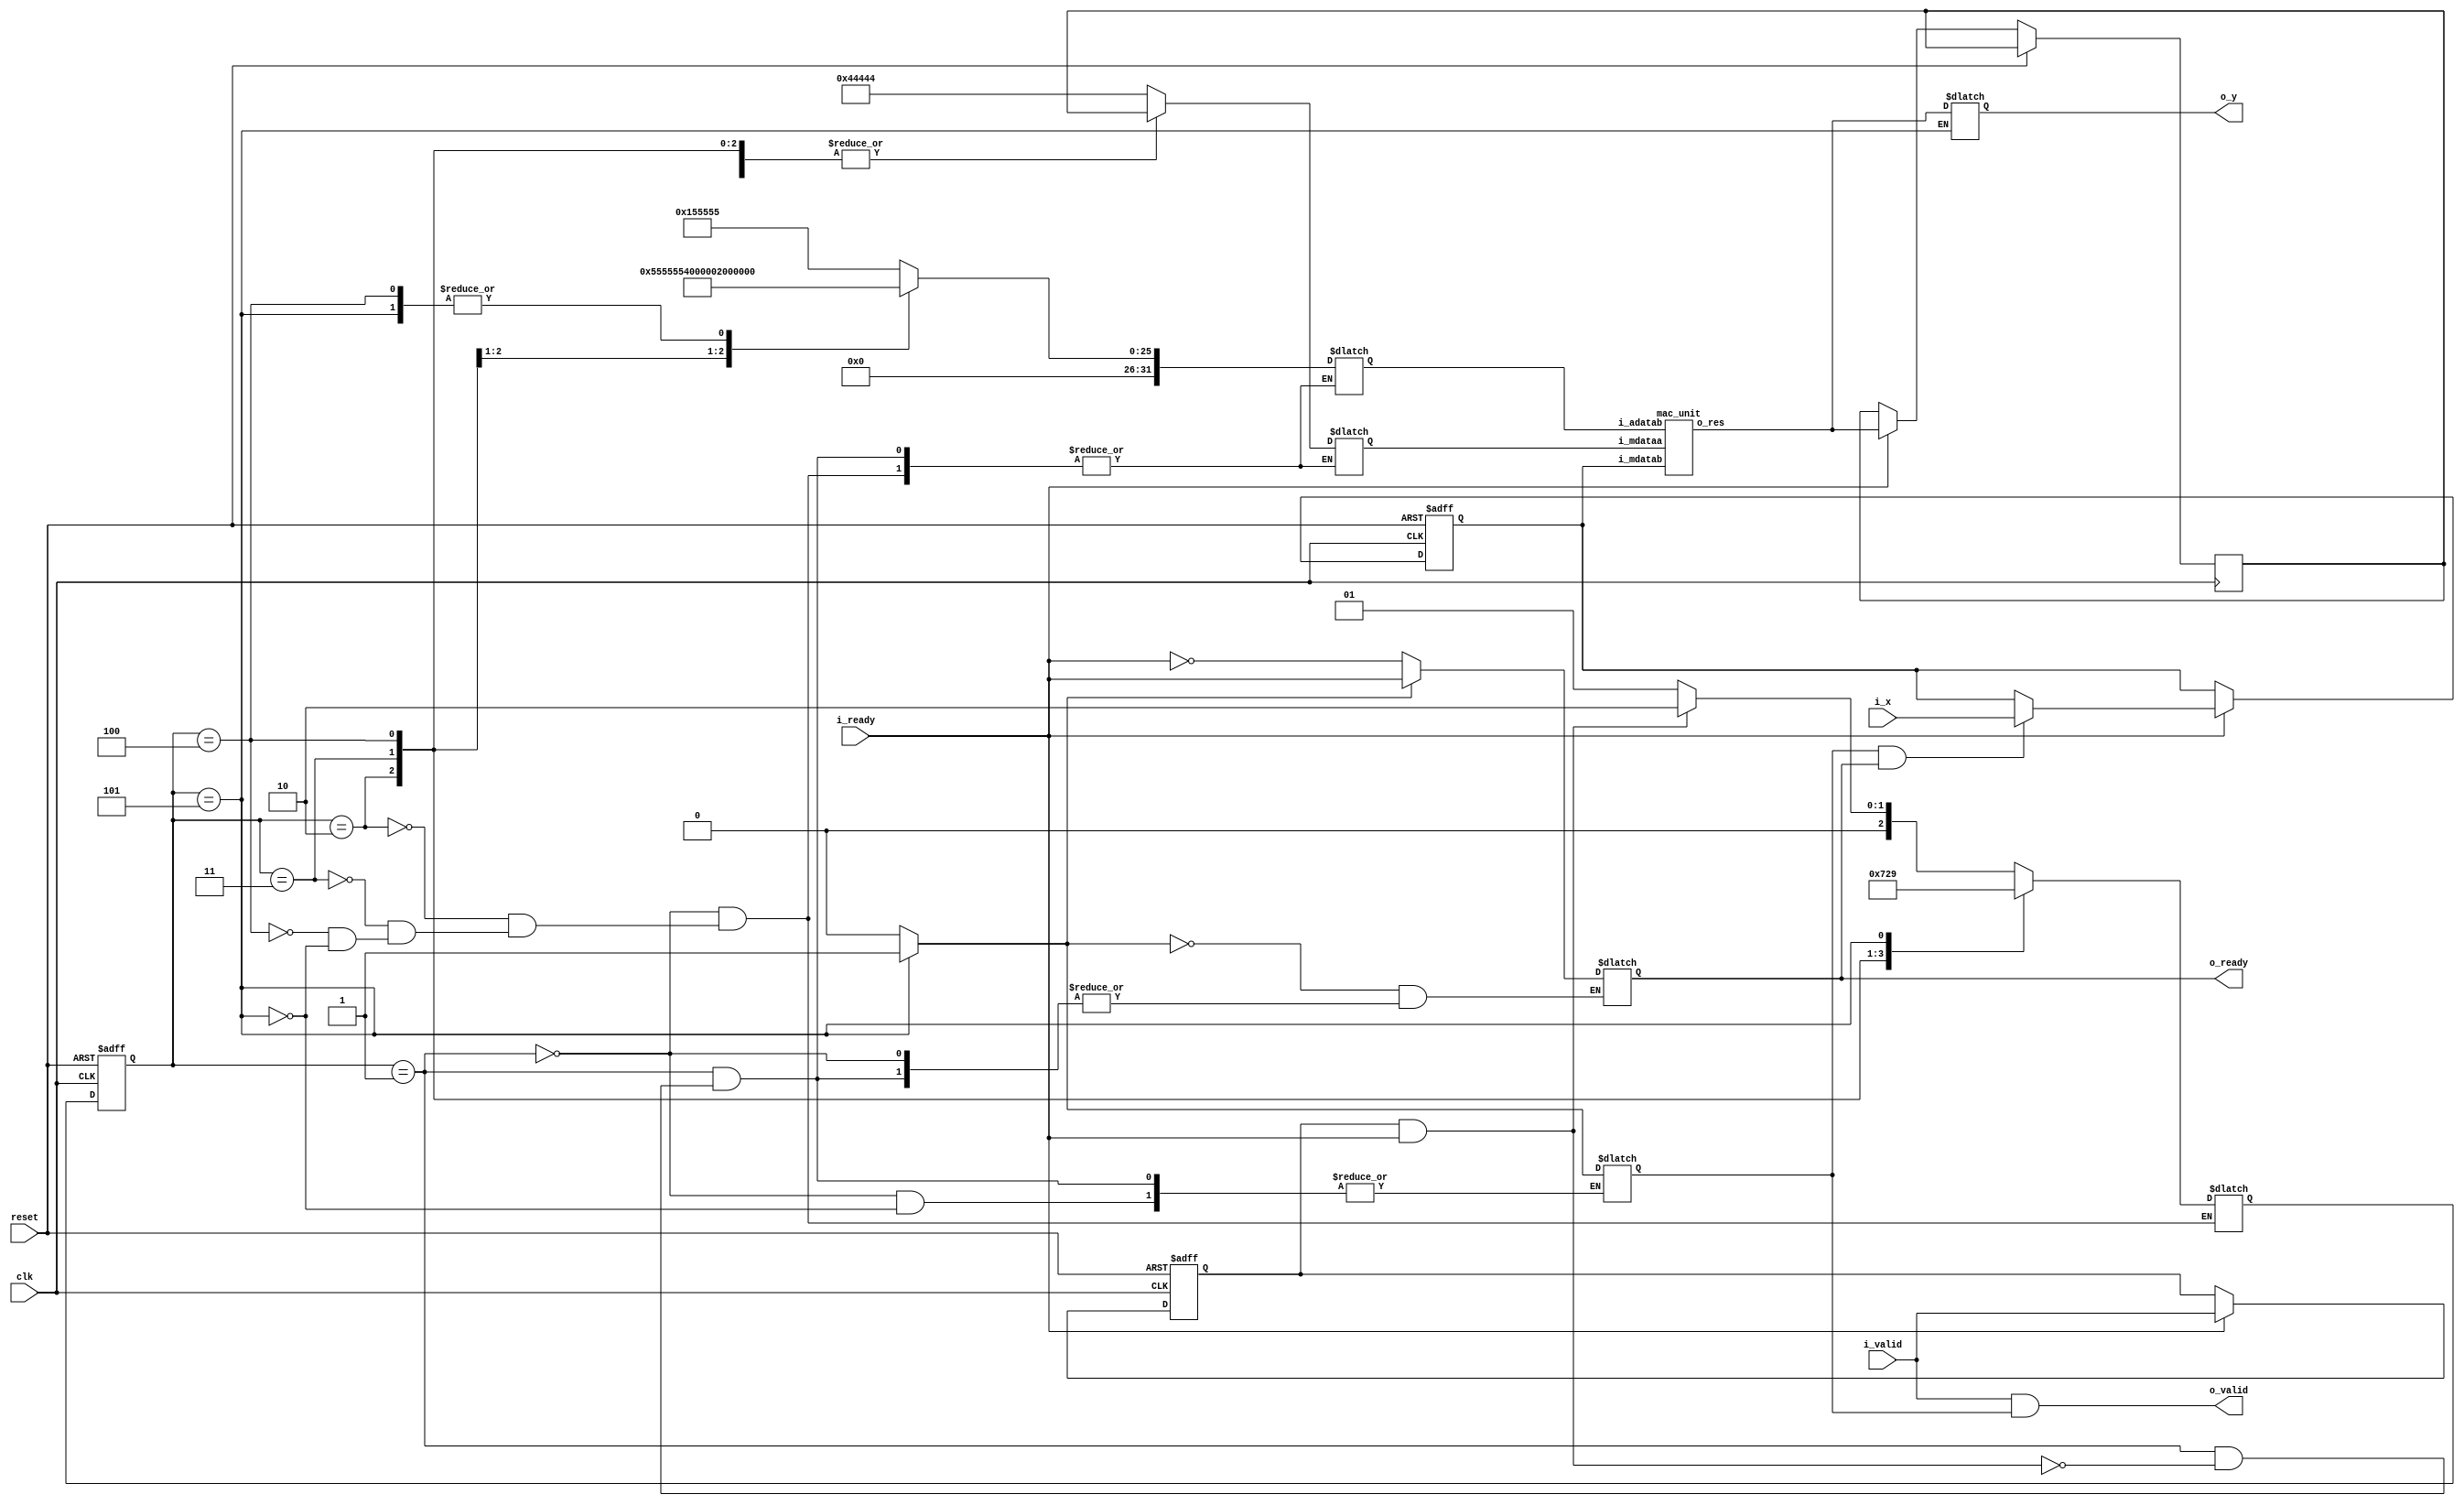
module lab1 #(
    parameter WIDTHIN = 16,
    parameter WIDTHOUT = 32,
    parameter [WIDTHOUT-1:0] A0 = 32'b0000001_0000000000000000000000000,
    parameter [WIDTHOUT-1:0] A1 = 32'b0000001_0000000000000000000000000,
    parameter [WIDTHOUT-1:0] A2 = 32'b0000000_1000000000000000000000000,
    parameter [WIDTHOUT-1:0] A3 = 32'b0000000_0010101010101010101010101,
    parameter [WIDTHOUT-1:0] A4 = 32'b0000000_0000101010101010101010101,
    parameter [WIDTHOUT-1:0] A5 = 32'b0000000_0000001000100010001000100
) (
    input clk,
    input reset,    
    input i_valid,
    input i_ready,
    output o_valid,
    output o_ready,
   
    input [WIDTHIN-1:0] i_x,
    output reg [WIDTHOUT-1:0] o_y
);

/************************************************************CONTENTS****************************************************************

SECTIONS                                                                                                    LINE NUMBERS

I.      CODE DESCRIPTION                                                                                    .....       45                                                       

II.     SIGNAL DECLARATION                                                                                  .....       58 

III.    MAC UNIT INSTANTIATION                                                                              .....       84

IV.     STATE MACHINE IMPLEMENTATION                                                                        .....       94

V.      INPUT HANDLING AND SYNCHRONIZATION                                                                  .....      176

VI.     MAC MODULE DEFINITION                                                                               .....      228

VII.    FIXED POINT MULTIPLICATION AND ADDITION IMPLEMENTATION                                              .....      281

VIII.   SUMMARY                                                                                             .....      321
                            

**************************************************************************************************************************************/

/***********************************************************CODE DESCRIPTION**********************************************************

This verilog module is designed to employ shared implementation where we are using single multiplier and single adder module for 
computing first 5 terms of Taylor series effectively. 
We are defining a mac_unit which uses a 32x16 multiplier module and a 32p32 adder module.
The module uses state machine logic to determine which term it needs to compute. It computes Taylor series in a serial manner 
starting from A5 * x + A4 till A0. The states of State machine can be increased to compute more terms in the Taylor series expansion.

We are controlling the registering of input and output by our DUT based on the handshaking signals and according to the testbench 
testcases (i.e.)how testbench is handling these control signals.

**************************************************************************************************************************************/

/************************************************************SIGNAL DECLERATION*******************************************************/

reg [WIDTHIN-1:0] x;	
reg valid_Q1;

reg o_ready_reg, o_valid_reg;
reg enable;
reg finish_flag;
reg [WIDTHOUT-1:0] operator_a;
reg [WIDTHOUT-1:0] operator_b;
wire [WIDTHOUT-1:0] mac_result;
reg [WIDTHOUT-1:0] accumulator;



parameter   MAC_STATE_1=3'b001;
parameter   MAC_STATE_2= 3'b010;
parameter	MAC_STATE_3= 3'b011;
parameter	MAC_STATE_4= 3'b100; 
parameter	MAC_STATE_5=3'b101;
  
reg[2:0] state, next_state;

wire [WIDTHOUT-1:0] a0_out, a1_out, a2_out, a3_out, a4_out;
/*************************************************************************************************************************************/

/****************************************************MAC MODULE INSTATIATION**********************************************************/

mac_unit mac0 ( .i_mdataa(operator_a), 
                .i_mdatab(x),
                .i_adatab(operator_b),
                .o_res(mac_result));

/*************************************************************************************************************************************/


/****************************************************STATE MACHINE IMPLEMENTATION******************************************************/
/***************************************************************************************
* This section implements a Finite State machine for the module crucial for doing 
  operations needed for computation.
*
* On each clock cycle, the state machine transitions between predefined states
 (MAC_STATE_1 to MAC_STATE_5), dictated by the state and next_state logic. 
*
* Initially, in MAC_STATE_1, the module prepares for computation by setting up
  initial conditions and checking for valid input and readiness (valid_Q1 && enable).
  Subsequent states handle the core computation, using the accumulator to hold 
  intermediate results and cycling through Taylor series coefficients (A5 to A0).
*
* The state machine ensures that each step of the computation is executed in order,
 ultimately producing the final result in o_y when reaching MAC_STATE_5. 
*
* Additionally, the o_ready_reg signal is managed to indicate the module's readiness f
  or new inputs, enhancing the module's control flow and synchronization with external 
  components.
  *
***************************************************************************************/
// Next state Logic 
always @(posedge clk or posedge reset) begin
    if (reset) begin
        state <= MAC_STATE_1;
    end
    else begin
        state <= next_state;
        
    end
end

// State Machine Logic
always @* begin
    case(state)
            MAC_STATE_1: begin
            
            if(valid_Q1 && enable) begin
                o_ready_reg = !enable;
                finish_flag=0;
                operator_a=A5;
                operator_b=A4;
                next_state= MAC_STATE_2;
                end
                else begin
                next_state = MAC_STATE_1;
                end
                
            end
            MAC_STATE_2:begin
                operator_a= accumulator;
                operator_b=A3;
                next_state= MAC_STATE_3;
                
            end
        MAC_STATE_3: begin
                operator_a =accumulator;
                operator_b = A2;
                next_state= MAC_STATE_4;
                
            end
        MAC_STATE_4: begin
                operator_a=accumulator;
                operator_b=A1;
                next_state= MAC_STATE_5;
                
            end
        MAC_STATE_5: begin
                operator_a=accumulator;
                operator_b=A0;
                finish_flag=1;
                if(finish_flag)begin
                    o_y = mac_result;
                
                    next_state= MAC_STATE_1;
                 end
            end
    endcase
    if(finish_flag) o_ready_reg = i_ready;
end
/*************************************************************************************************************************************/

/***********************************************INPUT HANDLING AND SYNCHRONIZATION****************************************************/

/**************************************************************************************************

*   This section of the code is dedicated to managing the input signals and ensuring their 
    synchronization with the internal logic of the module. 
*
*   The enable signal is directly derived from the external i_ready signal, indicating 
    when the module is prepared to process new data.
*    
*   The core of input handling is encapsulated within a sequential logic block triggered 
    on the positive edge of the clock or a reset event.
*    
*   Upon reset, internal signals such as valid_Q1 and x are initialized to their default 
    states, ensuring a clean start. When the module is enabled and ready, it captures 
    the validity of incoming data through i_valid into valid_Q1 and conditionally updates 
    the internal x register with new input i_x based on the finish_flag and o_ready signals.
*
*   This conditional update ensures that new inputs are accepted only when the module has 
    completed its current computation cycle, preventing data corruption and ensuring
    synchronization between input data streams and internal processing stages.
*
*   Additionally, the accumulator is updated with the result from the MAC unit, 
    preparing it for the next computation cycle. The output signals o_valid and o_ready 
    are then set based on the current state of input validity and the module's readiness 
    to accept new data, providing clear communication with external modules about the 
    status of data processing within the module.
*
*************************************************************************************************/
always @* begin
    enable = i_ready;
end

always @(posedge clk or posedge reset) begin
    if (reset) begin
        valid_Q1 <=1'b0;
        x <= 0; 
    end else if (enable) begin
        valid_Q1 <= i_valid;
        if(finish_flag & o_ready) begin
        x <= i_x;
        end
        accumulator<= mac_result;
     
    end
end

assign o_valid = i_valid & finish_flag;
assign o_ready = o_ready_reg;
endmodule
/*************************************************************************************************************************************/

/****************************************************MAC MODULE DEFINITION************************************************************/

/***************************************************************************************

*   The MAC module takes a 32-bit operand i_mdataa and a 16-bit operand i_mdatab as inputs 
    for multiplication, along with a 32-bit operand i_adatab for subsequent addition, 
    producing a 32-bit output o_res. 
*
*   The multiplication between the 32-bit and 16-bit inputs is handled by the mult32p16 
    submodule, which extends the 16-bit input for the multiplication  to maintain precision 
    and avoid overflow. 
*
*   The intermediate 48-bit result from this multiplication is then truncated to 32 bits,
    selecting the most significant bits to align with the fixed-point format.
    This truncated result is fed into the addr32p32 submodule along with i_adatab, 
    performing a 32-bit addition to accumulate the result. 
*    
***************************************************************************************/

module mac_unit(
    input wire [31:0] i_mdataa,  // Multiplier operand A (32-bit)
    input wire [15:0] i_mdatab,  // Multiplier operand B (16-bit)
    input wire [31:0] i_adatab,  // Adder operand (32-bit)
    output wire [31:0] o_res     // Output result (32-bit)
);

// Intermediate wire for the multiplication result
wire [47:0] mult_result;

// Intermediate wire for the addition result
wire [31:0] add_result;

// Instantiating the 32x16 multiplier module
mult32p16 mult_inst (
    .i_dataa(i_mdataa),
    .i_datab(i_mdatab),
    .o_res(mult_result)
);

// Instantiating the 32x32 adder module
addr32p32 add_inst (
    .i_dataa(mult_result[45:14]),  // Use the result from the multiplier
    .i_datab(i_adatab),     // Use the adder operand
    .o_res(add_result)      // The final MAC result
);

// The final MAC result is the output of the adder
assign o_res = add_result;

endmodule

/*************************************************************************************************************************************/

/***************************************FIXED POINT MULTIPLICATION AND ADDITION IMPLEMENTATION****************************************/

/**************************************************************************************************************

*   This section introduces the foundational building blocks for fixed-point arithmetic operations,
    crucial for the Taylor series computation. The mult16x16 module kicks off the process, adeptly 
    handling the initial multiplication with 16-bit inputs, ensuring the results are scaled correctly
    into the Q7.25 format. 
*    
*   This precision is maintained as the baton is passed to the mult32x16 modules,
    which further process the series by accommodating 32-bit and 16-bit multiplications, carefully 
    adjusting the format to maintain accuracy. 
*    
*   The addr32p16 module then steps in, gracefully aligning  and adding  16-bit coefficients to the 32-bit 
    results, a critical step for accumulating the series sum. 
*    
****************************************************************************************************************/

module mult32p16 (
    input [31:0] i_dataa,
    input [15:0] i_datab,
    output [47:0] o_res
);

assign o_res = i_dataa * i_datab; 

endmodule

module addr32p32 (
    input [31:0] i_dataa,
    input [31:0] i_datab,
    output [31:0] o_res
);

// Perform the addition
assign o_res = i_dataa + i_datab;

endmodule
/*************************************************************************************************************************************/

/***********************************************************SUMMARY*******************************************************************/
/*
    The lab1 Verilog module is a sophisticated implementation designed for computing the first five terms of a
    Taylor series using fixed-point arithmetic, structured around a state machine and MAC (Multiply-Accumulate) unit. 
    It begins with parameter definitions and signal declarations, setting the stage for complex operations. 
    The MAC unit, central to the module, is adeptly instantiated to perform sequential multiplications and additions,
    each step guided by the state machine through various states to ensure precise computation and accumulation 
    of results. 

    Input handling and synchronization are meticulously managed to align with external signals, ensuring data 
    integrity and seamless operation. 

    The module is further reinforced with dedicated submodules for multiplication and addition, encapsulating the 
    complexity of fixed-point operations and maintaining result precision. 
*/
/*************************************************************************************************************************************/